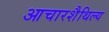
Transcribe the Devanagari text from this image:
आचारशैथिल्य